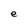
Character: e